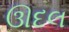
ઊદલ